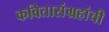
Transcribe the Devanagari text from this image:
कवितासंग्रहांची